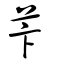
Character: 苄